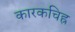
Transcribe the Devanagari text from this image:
कारकचिह्र